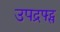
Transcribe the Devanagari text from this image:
उपद्रफ्ट्स